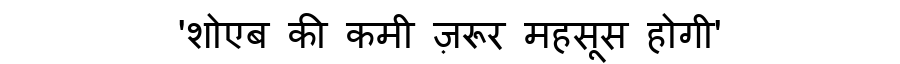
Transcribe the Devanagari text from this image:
'शोएब की कमी ज़रूर महसूस होगी'